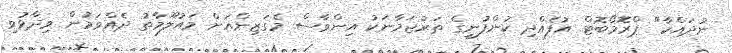
ނުދައްކާ" ޕްރޮމޯބޮޓް އުފެއްދި ކުންފުނީގެ ތަރުޖަމާނަކު އިންވާސް މެގަޒިންއަށް މައުލޫމާތު ދެއްވަމުން ވިދާޅުވި